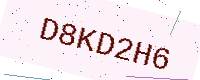
Text: D8KD2H6